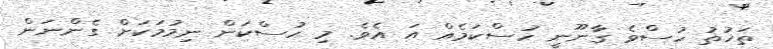
ތަޚުތު ހުސްވެ ގާނޫނީ ހުސްކަމެއް އަ އެވެ. މި ހުސްކަން ނިމުމަކަށް ގެންނަން